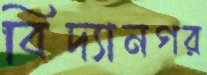
বিদ্যানগর